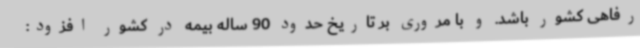
رفاهی کشور باشد. و با مروری بر تاریخ حدود 90 ساله بیمه در کشور افزود: